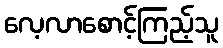
လေ့လာစောင့်ကြည့်သူ